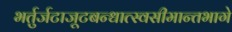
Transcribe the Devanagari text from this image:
भर्तुर्जटाजूटबन्धात्स्वसीमान्तभागे